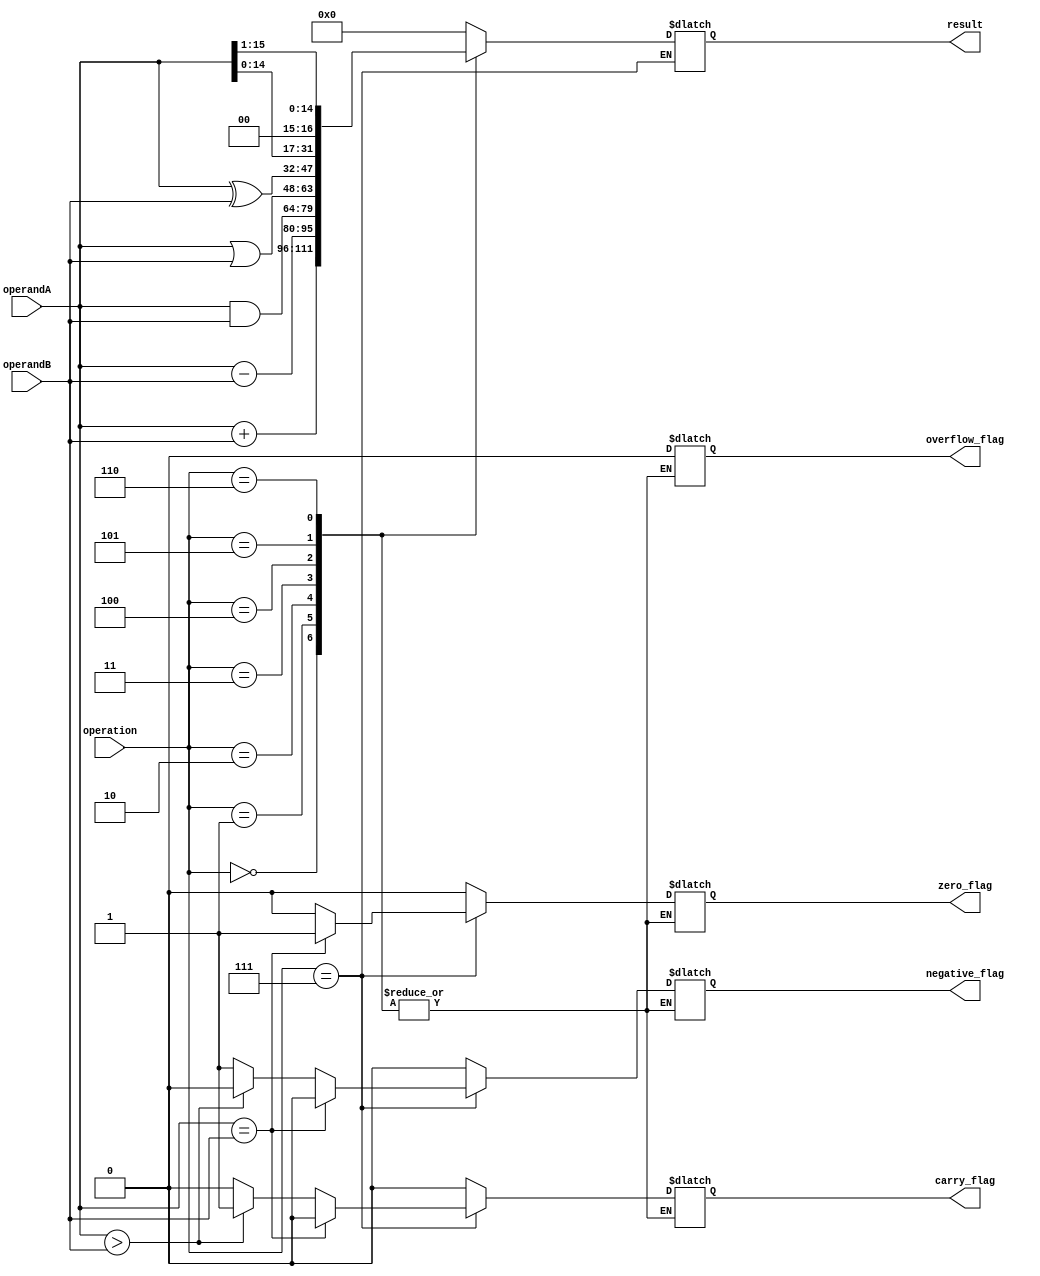
module ALU_16bit (
    input [15:0] operandA,
    input [15:0] operandB,
    input [3:0] operation,
    output reg [15:0] result,
    output reg zero_flag,
    output reg carry_flag,
    output reg overflow_flag,
    output reg negative_flag
);

always @(*) begin
    case(operation)
        4'b0000: result = operandA + operandB; // addition
        4'b0001: result = operandA - operandB; // subtraction
        4'b0010: result = operandA & operandB; // AND
        4'b0011: result = operandA | operandB; // OR
        4'b0100: result = operandA ^ operandB; // XOR
        4'b0101: result = operandA << 1; // shift left
        4'b0110: result = operandA >> 1; // shift right
        4'b0111: begin // comparison
            if(operandA == operandB) begin
                zero_flag = 1;
                carry_flag = 0;
                overflow_flag = 0;
                negative_flag = 0;
            end else if(operandA > operandB) begin
                zero_flag = 0;
                carry_flag = 1;
                overflow_flag = 0;
                negative_flag = 0;
            end else begin
                zero_flag = 0;
                carry_flag = 0;
                overflow_flag = 0;
                negative_flag = 1;
            end
        end
        default: begin
            result = 16'b0;
            zero_flag = 0;
            carry_flag = 0;
            overflow_flag = 0;
            negative_flag = 0;
        end
    endcase
end

endmodule